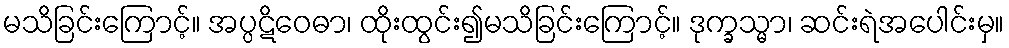
မသိခြင်းကြောင့်။ အပ္ပဋိဝေဓာ၊ ထိုးထွင်း၍မသိခြင်းကြောင့်။ ဒုက္ခသ္မာ၊ ဆင်းရဲအပေါင်းမှ။